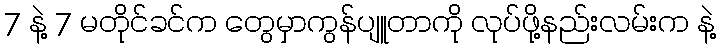
7 နဲ့ 7 မတိုင်ခင်က တွေမှာကွန်ပျူတာကို လုပ်ဖို့နည်းလမ်းက နဲ့